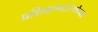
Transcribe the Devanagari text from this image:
प्रशिक्षणसंस्थेच्या